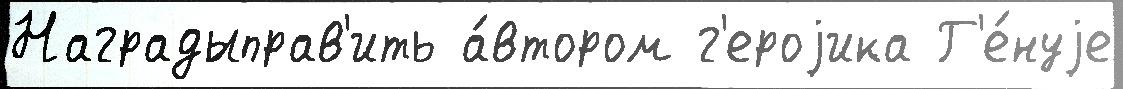
Наградыправ'ить а́втором г'ероjика Г'е́нуjе